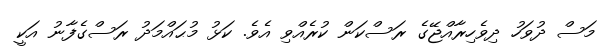
މަސް ދުވަހު ދިވެހިރާއްޖޭގެ ރަސްކަން ކުރެއްވި އެވެ. ކަޅު މުޙައްމަދު ރަސްގެފާނު އަކީ